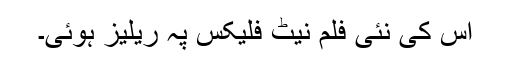
اس کی نئی فلم نیٹ فلیکس پہ ریلیز ہوئی۔